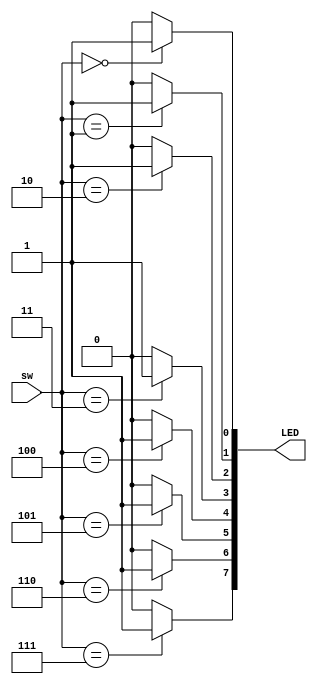
module task2(sw, LED);
 input [2:0] sw;
 output reg [7:0] LED;
 
 always@(*) begin
 LED <= 8'd0;
	 case(sw)
		3'b000: LED[0] <= 1'b1;
		3'b001: LED[1] <= 1'b1;
		3'b010: LED[2] <= 1'b1;
		3'b011: LED[3] <= 1'b1;
		3'b100: LED[4] <= 1'b1;
		3'b101: LED[5] <= 1'b1;
		3'b110: LED[6] <= 1'b1;
		3'b111: LED[7] <= 1'b1;
		default: LED <= 8'd0;
	 endcase
 end
endmodule